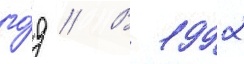
го́д // В 1992